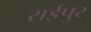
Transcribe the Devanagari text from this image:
राईपुर